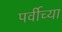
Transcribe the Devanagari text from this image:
पर्वीच्या